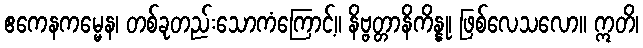
ဧကေနကမ္မေန၊ တစ်ခုတည်းသောကံကြောင့်။ နိဗ္ဗတ္တာနိကိန္နု၊ ဖြစ်လေသလော။ ဣတိ၊